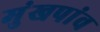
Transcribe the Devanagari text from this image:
मुंखपांव